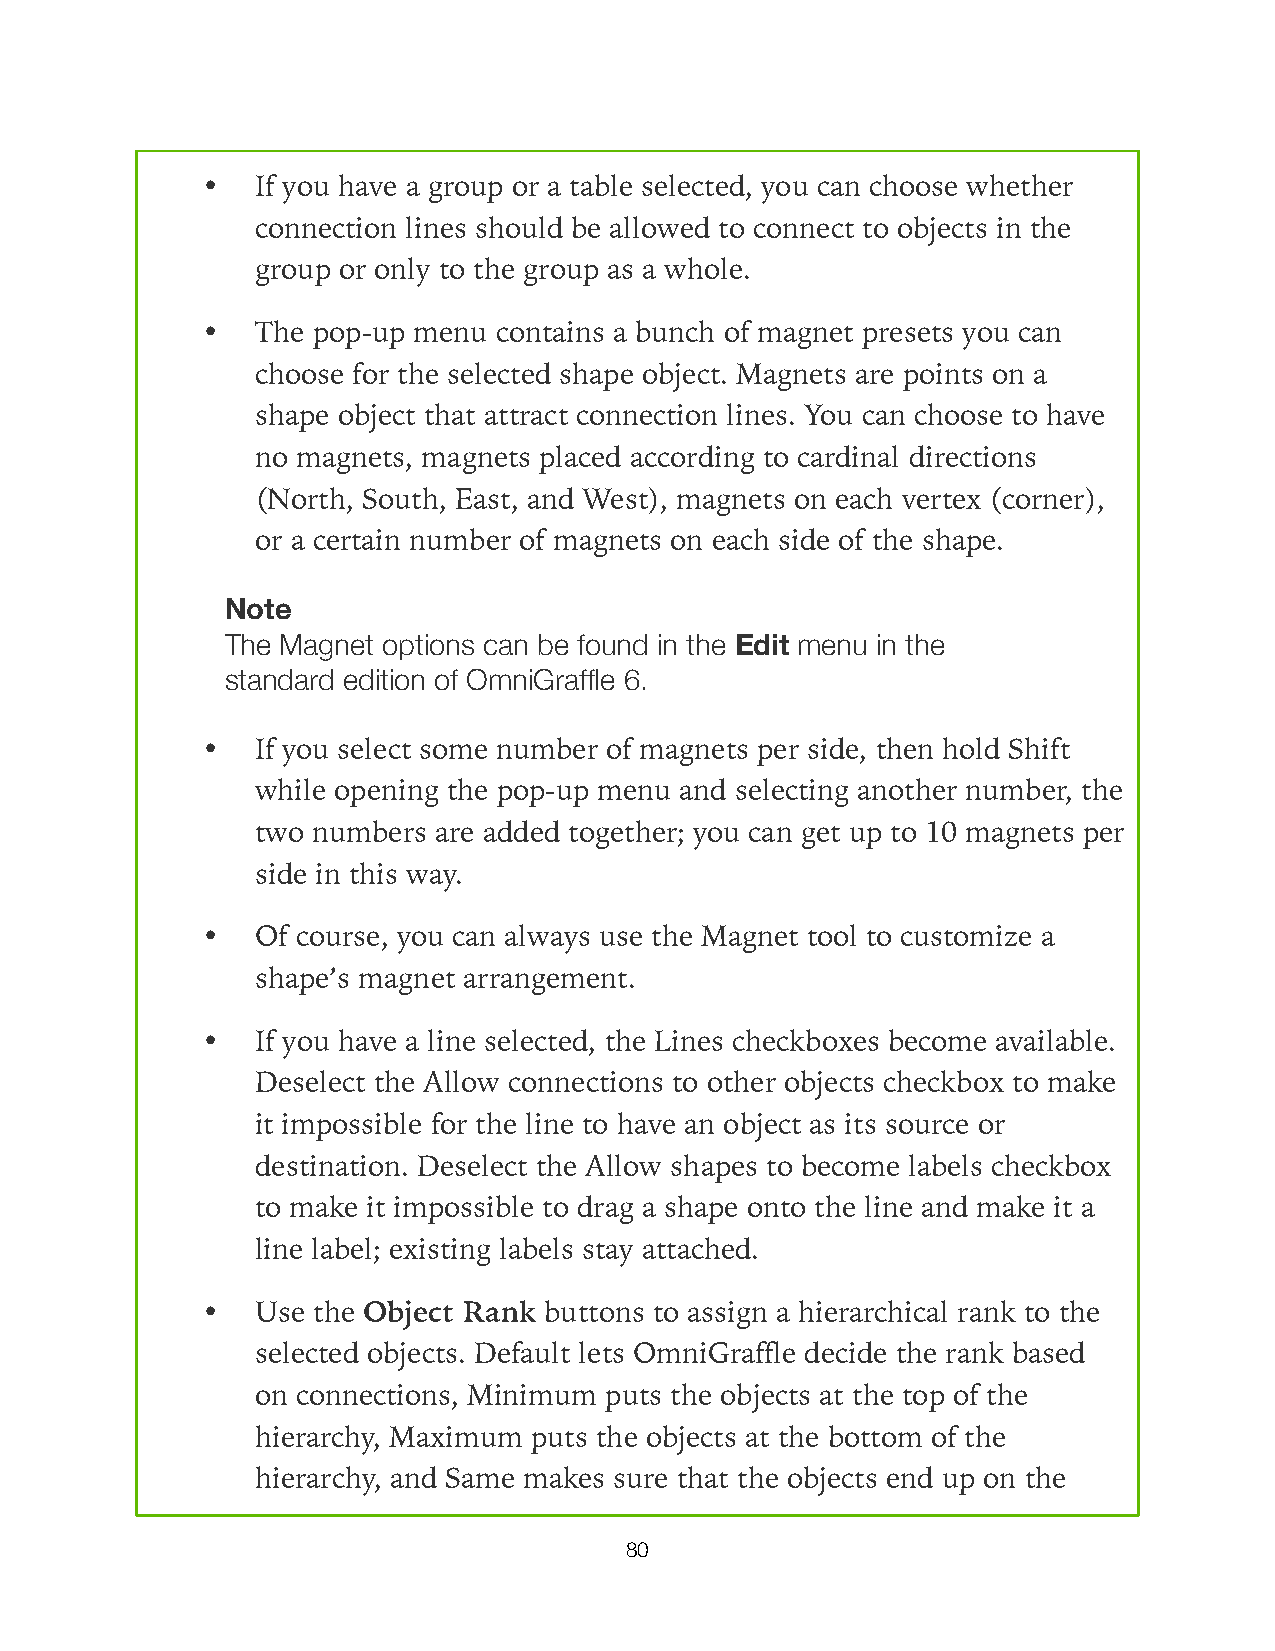
•   If you have a group or a table selected, you can choose whether
 connection lines should be allowed to connect to objects in the
 group or only to the group as a whole.
 •   The pop-up menu contains a bunch of magnet presets you can
 choose for the selected shape object. Magnets are points on a
 shape object that attract connection lines. You can choose to have
 no magnets, magnets placed according to cardinal directions
 (North, South, East, and West), magnets on each vertex (corner),
 or a certain number of magnets on each side of the shape.
 Note
 The Magnet options can be found in the Edit menu in the
 standard edition of OmniGraffle 6.
 •   If you select some number of magnets per side, then hold Shift
 while opening the pop-up menu and selecting another number, the
 two numbers are added together; you can get up to 10 magnets per
 side in this way.
 •   Of course, you can always use the Magnet tool to customize a
 shape’s magnet arrangement.
 •   If you have a line selected, the Lines checkboxes become available.
 Deselect the Allow connections to other objects checkbox to make
 it impossible for the line to have an object as its source or
 destination. Deselect the Allow shapes to become labels checkbox
 to make it impossible to drag a shape onto the line and make it a
 line label; existing labels stay attached.
 •   Use the Object Rank buttons to assign a hierarchical rank to the
 selected objects. Default lets OmniGraffle decide the rank based
 on connections, Minimum puts the objects at the top of the
 hierarchy, Maximum puts the objects at the bottom of the
 hierarchy, and Same makes sure that the objects end up on the
 80